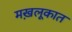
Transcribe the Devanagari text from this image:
मख़लूकात